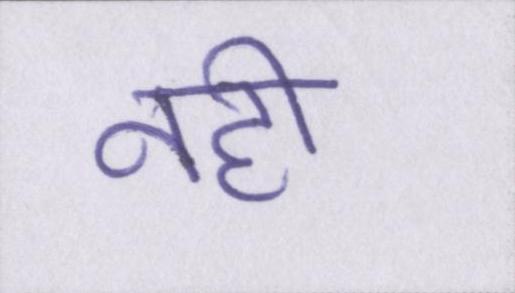
नही